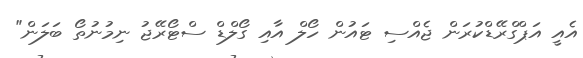
އެއީ އަޕްގްރޭޑްކުރަން ޖެއްސި ޓައުން ހޯލް އާއި ގޯލްޑް ސްޓޯރޭޖު ނިމުނުތޯ ބަލަން"